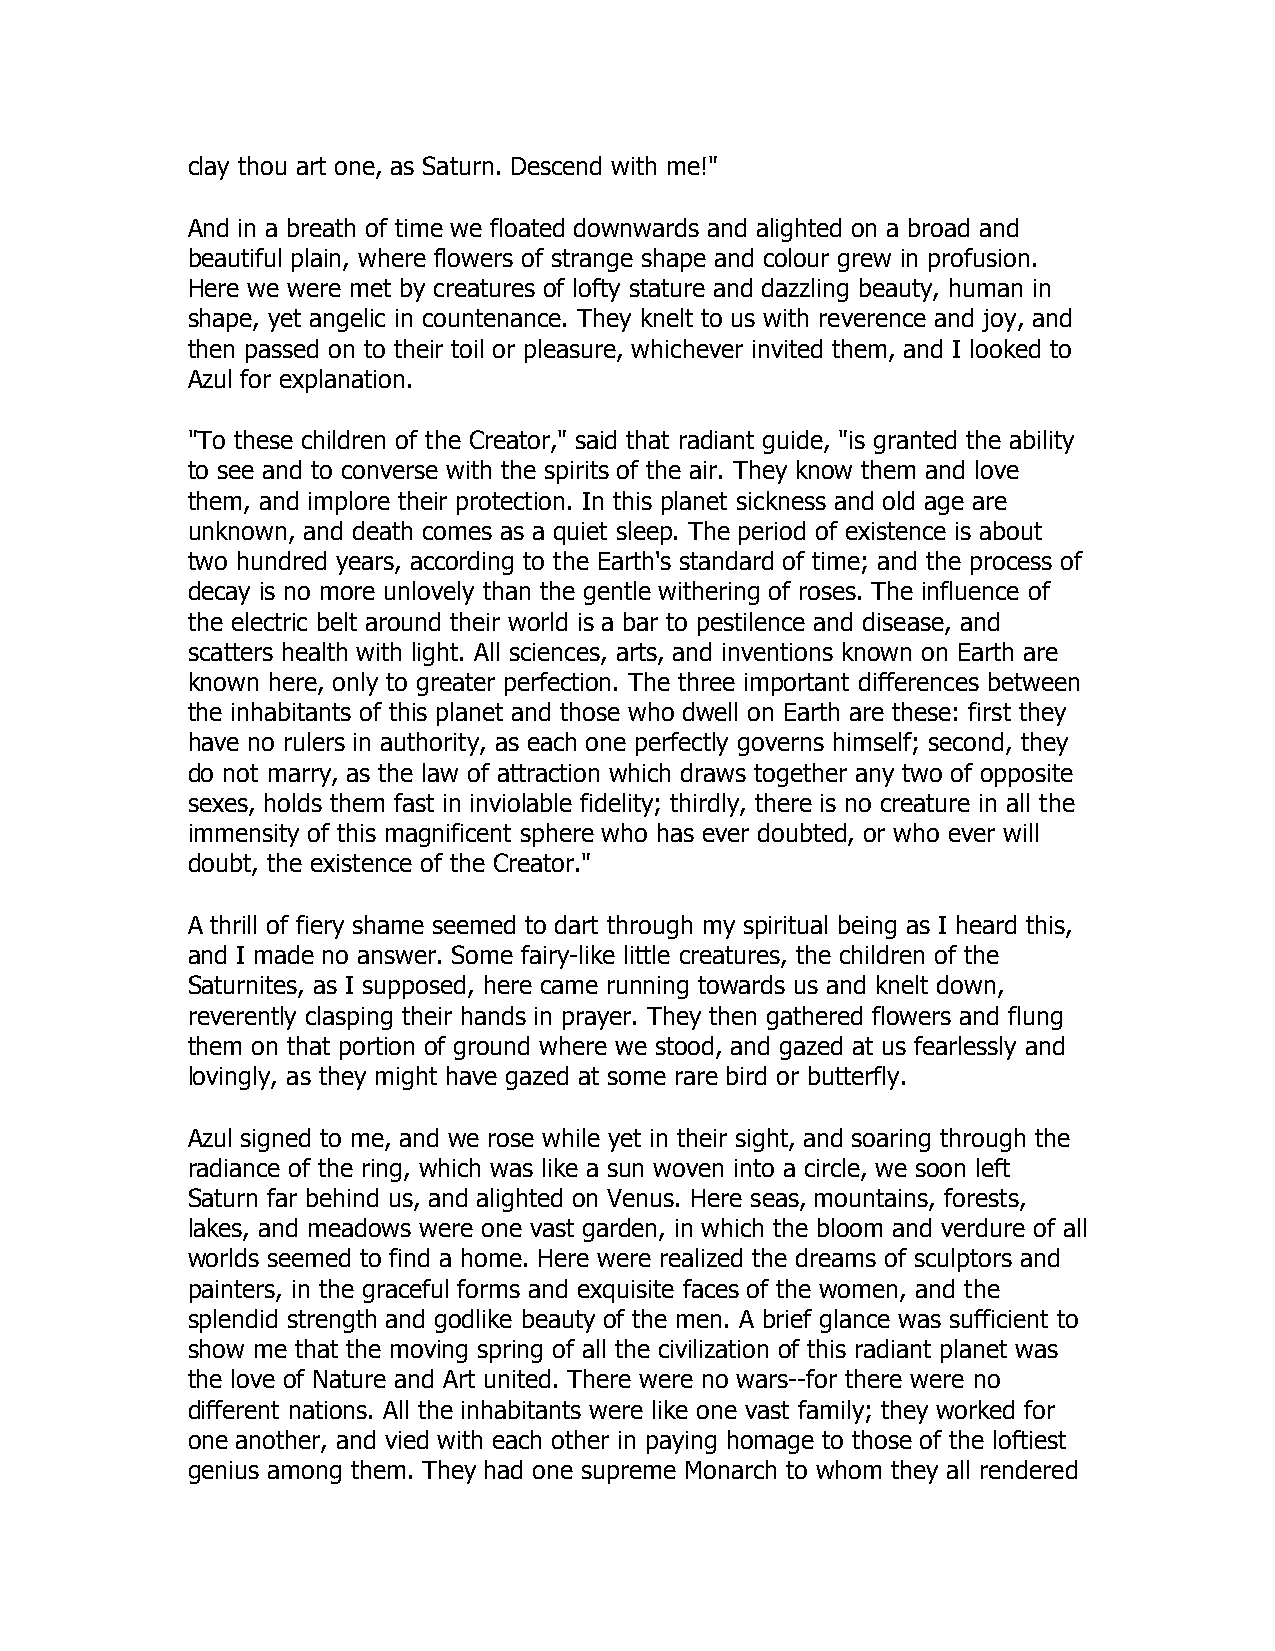
clay thou art one, as Saturn. Descend with me!"
 And in a breath of time we floated downwards and alighted on a broad and
 beautiful plain, where flowers of strange shape and colour grew in profusion.
 Here we were met by creatures of lofty stature and dazzling beauty, human in
 shape, yet angelic in countenance. They knelt to us with reverence and joy, and
 then passed on to their toil or pleasure, whichever invited them, and I looked to
 Azul for explanation.
 "To these children of the Creator," said that radiant guide, "is granted the ability
 to see and to converse with the spirits of the air. They know them and love
 them, and implore their protection. In this planet sickness and old age are
 unknown, and death comes as a quiet sleep. The period of existence is about
 two hundred years, according to the Earth's standard of time; and the process of
 decay is no more unlovely than the gentle withering of roses. The influence of
 the electric belt around their world is a bar to pestilence and disease, and
 scatters health with light. All sciences, arts, and inventions known on Earth are
 known here, only to greater perfection. The three important differences between
 the inhabitants of this planet and those who dwell on Earth are these: first they
 have no rulers in authority, as each one perfectly governs himself; second, they
 do not marry, as the law of attraction which draws together any two of opposite
 sexes, holds them fast in inviolable fidelity; thirdly, there is no creature in all the
 immensity of this magnificent sphere who has ever doubted, or who ever will
 doubt, the existence of the Creator."
 A thrill of fiery shame seemed to dart through my spiritual being as I heard this,
 and I made no answer. Some fairy-like little creatures, the children of the
 Saturnites, as I supposed, here came running towards us and knelt down,
 reverently clasping their hands in prayer. They then gathered flowers and flung
 them on that portion of ground where we stood, and gazed at us fearlessly and
 lovingly, as they might have gazed at some rare bird or butterfly.
 Azul signed to me, and we rose while yet in their sight, and soaring through the
 radiance of the ring, which was like a sun woven into a circle, we soon left
 Saturn far behind us, and alighted on Venus. Here seas, mountains, forests,
 lakes, and meadows were one vast garden, in which the bloom and verdure of all
 worlds seemed to find a home. Here were realized the dreams of sculptors and
 painters, in the graceful forms and exquisite faces of the women, and the
 splendid strength and godlike beauty of the men. A brief glance was sufficient to
 show me that the moving spring of all the civilization of this radiant planet was
 the love of Nature and Art united. There were no wars--for there were no
 different nations. All the inhabitants were like one vast family; they worked for
 one another, and vied with each other in paying homage to those of the loftiest
 genius among them. They had one supreme Monarch to whom they all rendered